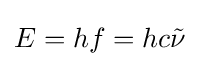
E=hf=hc{\tilde {\nu }}